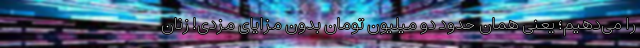
را می‌دهیم؛ یعنی همان حدود دو میلیون تومان بدون مزایای مزدی! زنان